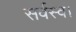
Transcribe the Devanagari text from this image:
सर्वस्व।